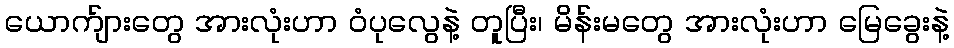
ယောက်ျားတွေ အားလုံးဟာ ဝံပုလွေနဲ့ တူပြီး၊ မိန်းမတွေ အားလုံးဟာ မြေခွေးနဲ့